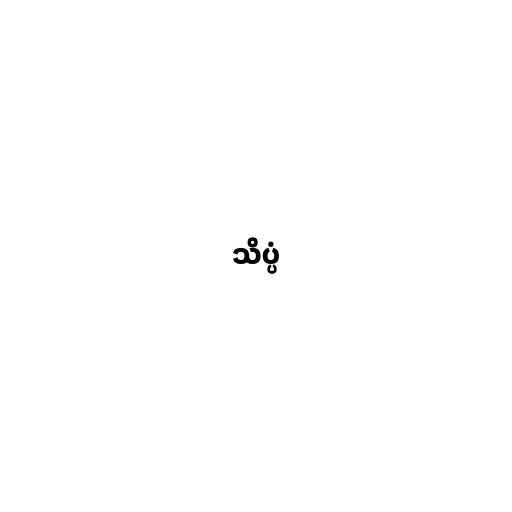
သိပ္ပံ